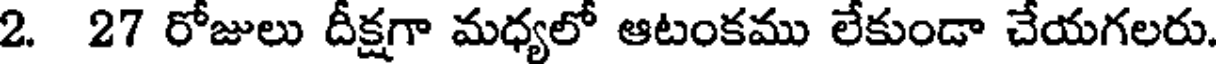
2. 27 రోజులు దీక్షగా మధ్యలో ఆటంకము లేకుండా చేయగలరు.